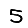
Digit: 5